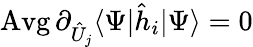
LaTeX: \operatorname{Avg}\partial_{\hat{U}_{j}}\langle\Psi|\hat{h}_{i}|\Psi\rangle=0